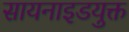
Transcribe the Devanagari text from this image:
सायनाइडयुक्त